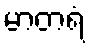
မာတရံ